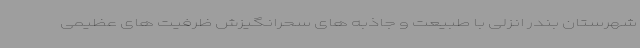
شهرستان بندر انزلی با طبیعت و جاذبه های سحرانگیزش ظرفیت های عظیمی